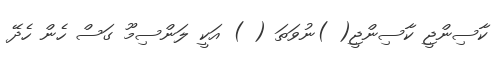
ކާސިންޖީ ކާސިންޖީ( )ނުވަތަ ( ) އަކީ ލަންސިމޫ ގަސް ހެން ހެދޭ